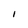
Character: I